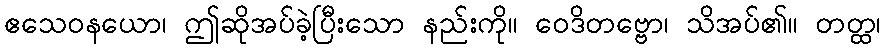
ဧသေဝနယော၊ ဤဆိုအပ်ခဲ့ပြီးသော နည်းကို။ ဝေဒိတဗ္ဗော၊ သိအပ်၏။ တတ္ထ၊